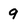
Character: 9